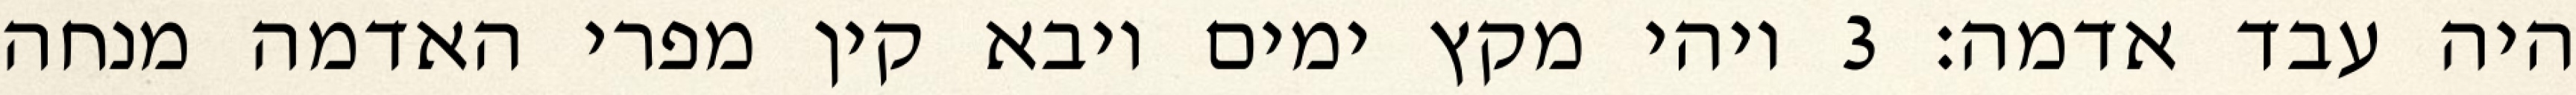
היה עבד אדמה׃ ‎3‏ ויהי מקץ ימים ויבא קין מפרי האדמה מנחה